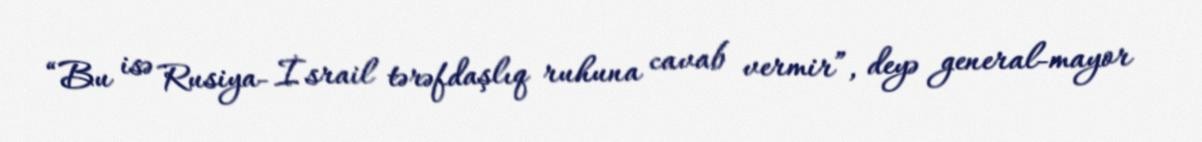
“Bu isə Rusiya- İsrail tərəfdaşlıq ruhuna cavab vermir”, deyə general-mayor